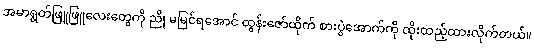
အမာရွတ်ဖြူဖြူလေးတွေကို ညို မမြင်ရအောင် ထွန်းဇော်ထိုက် စားပွဲအောက်ကို ထိုးထည့်ထားလိုက်တယ်။